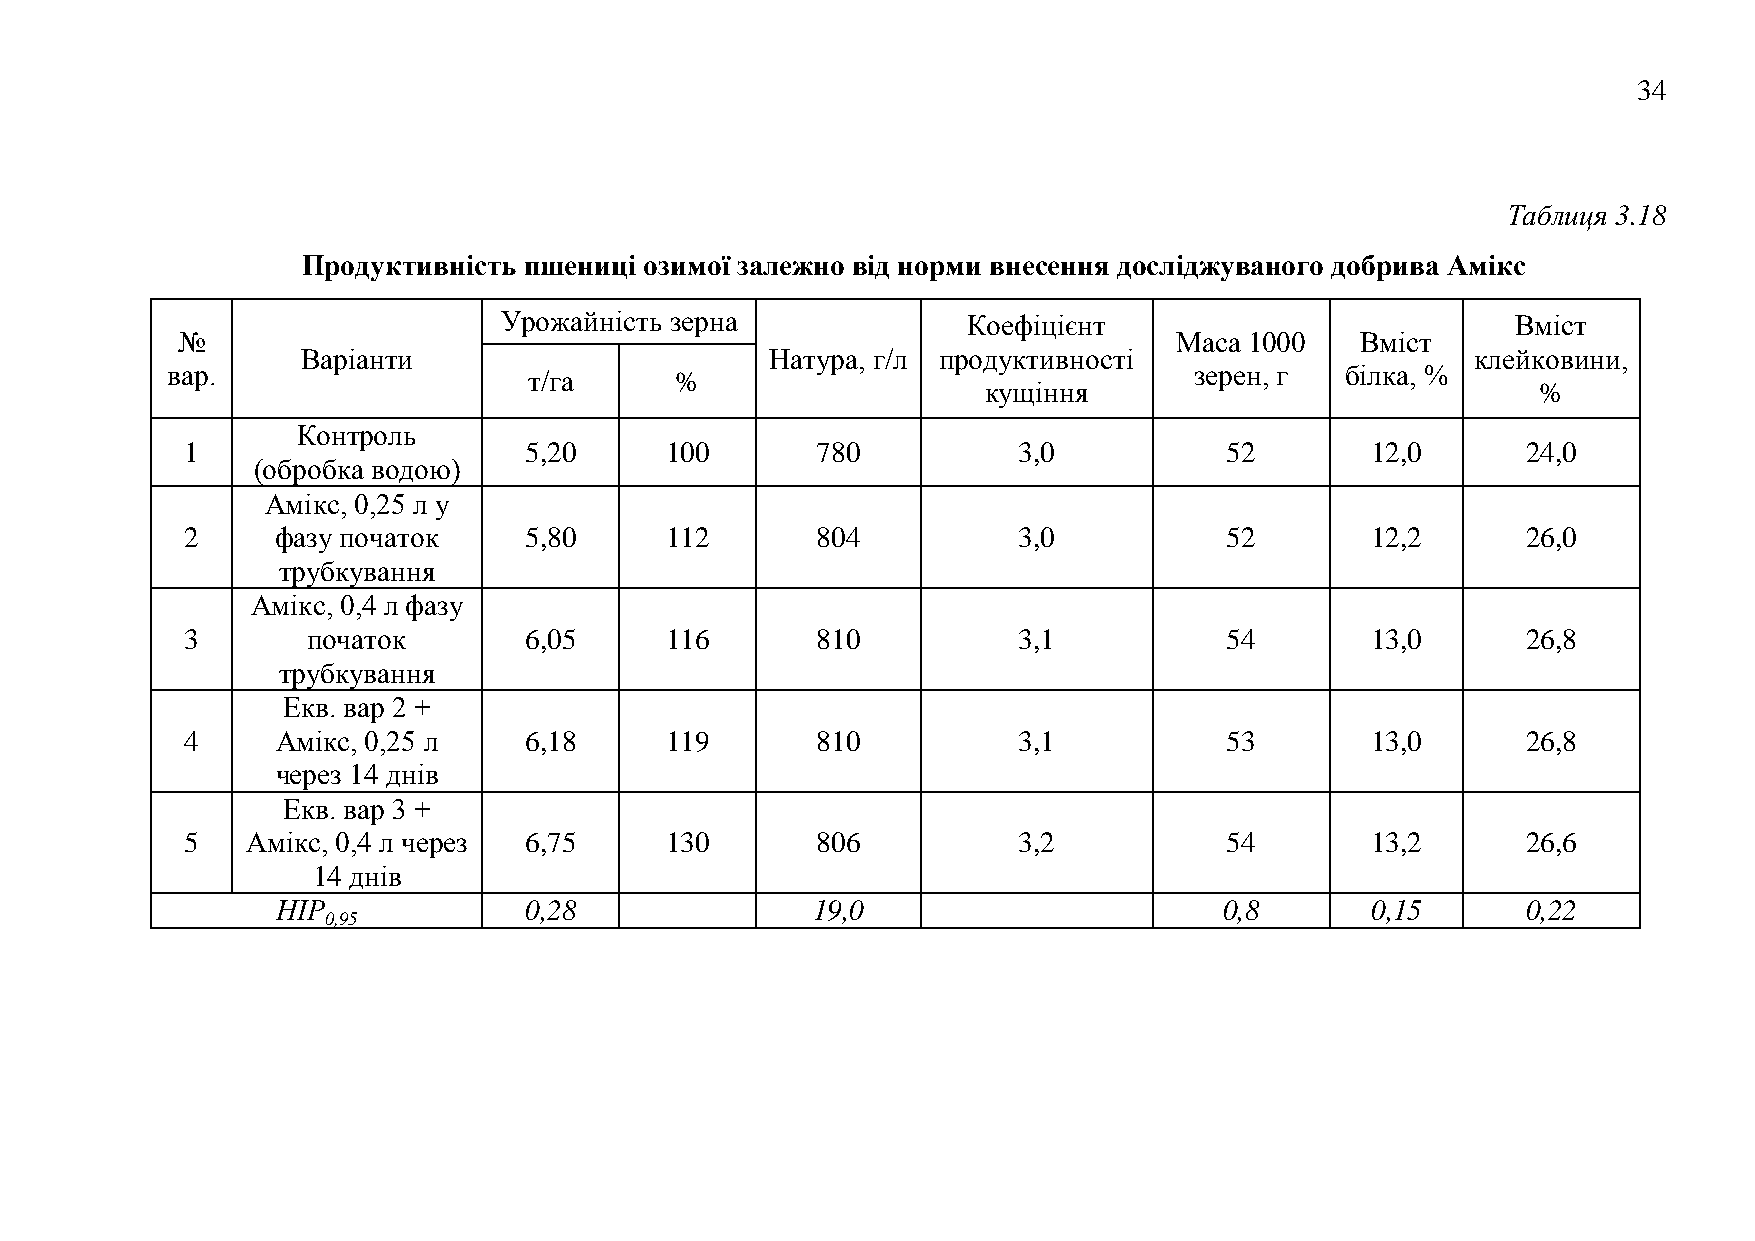
34
 Таблиця 3.18
 Продуктивність пшениці озимої залежно від норми внесення досліджуваного добрива Амікс
 Урожайність зерна              Коефіцієнт                          Вміст
 №                                                                 Маса 1000   Вміст
 Варіанти                       Натура, г/л продуктивності                     клейковини,
 вар.                    т/га      %                                 зерен, г  білка, %
 кущіння                              %
 Контроль
 1                      5,20     100       780          3,0           52        12,0      24,0
 (обробка водою)
 Амікс, 0,25 л у
 2     фазу початок     5,80     112       804          3,0           52        12,2      26,0
 трубкування
 Амікс, 0,4 л фазу
 3       початок        6,05     116       810          3,1           54        13,0      26,8
 трубкування
 Екв. вар 2 +
 4     Амікс, 0,25 л    6,18     119       810          3,1           53        13,0      26,8
 через 14 днів
 Екв. вар 3 +
 5   Амікс, 0,4 л через 6,75     130       806          3,2           54        13,2      26,6
 14 днів
 НІР              0,28               19,0                       0,8       0,15      0,22
 0,95